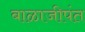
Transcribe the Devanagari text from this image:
बाळाजीपंत